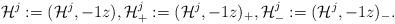
LaTeX: \begin{align*} \mathcal H^j := (\mathcal H^j,-1z), \mathcal H^j_+ := (\mathcal H^j,-1z)_+, \mathcal H^j_- := (\mathcal H^j,-1z)_- .\end{align*}